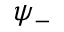
\psi _ { - }